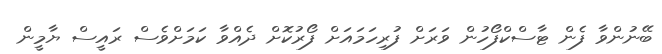
ބޭނުންވާ ފެން ޓާސްކްފޯހުން ވަރަށް ފުރިހަމައަށް ފޯރުކޮށް ދެއްވާ ކަމަށްވެސް ރައީސް ޔާމީން